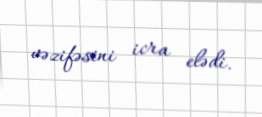
vəzifəsini icra elədi.